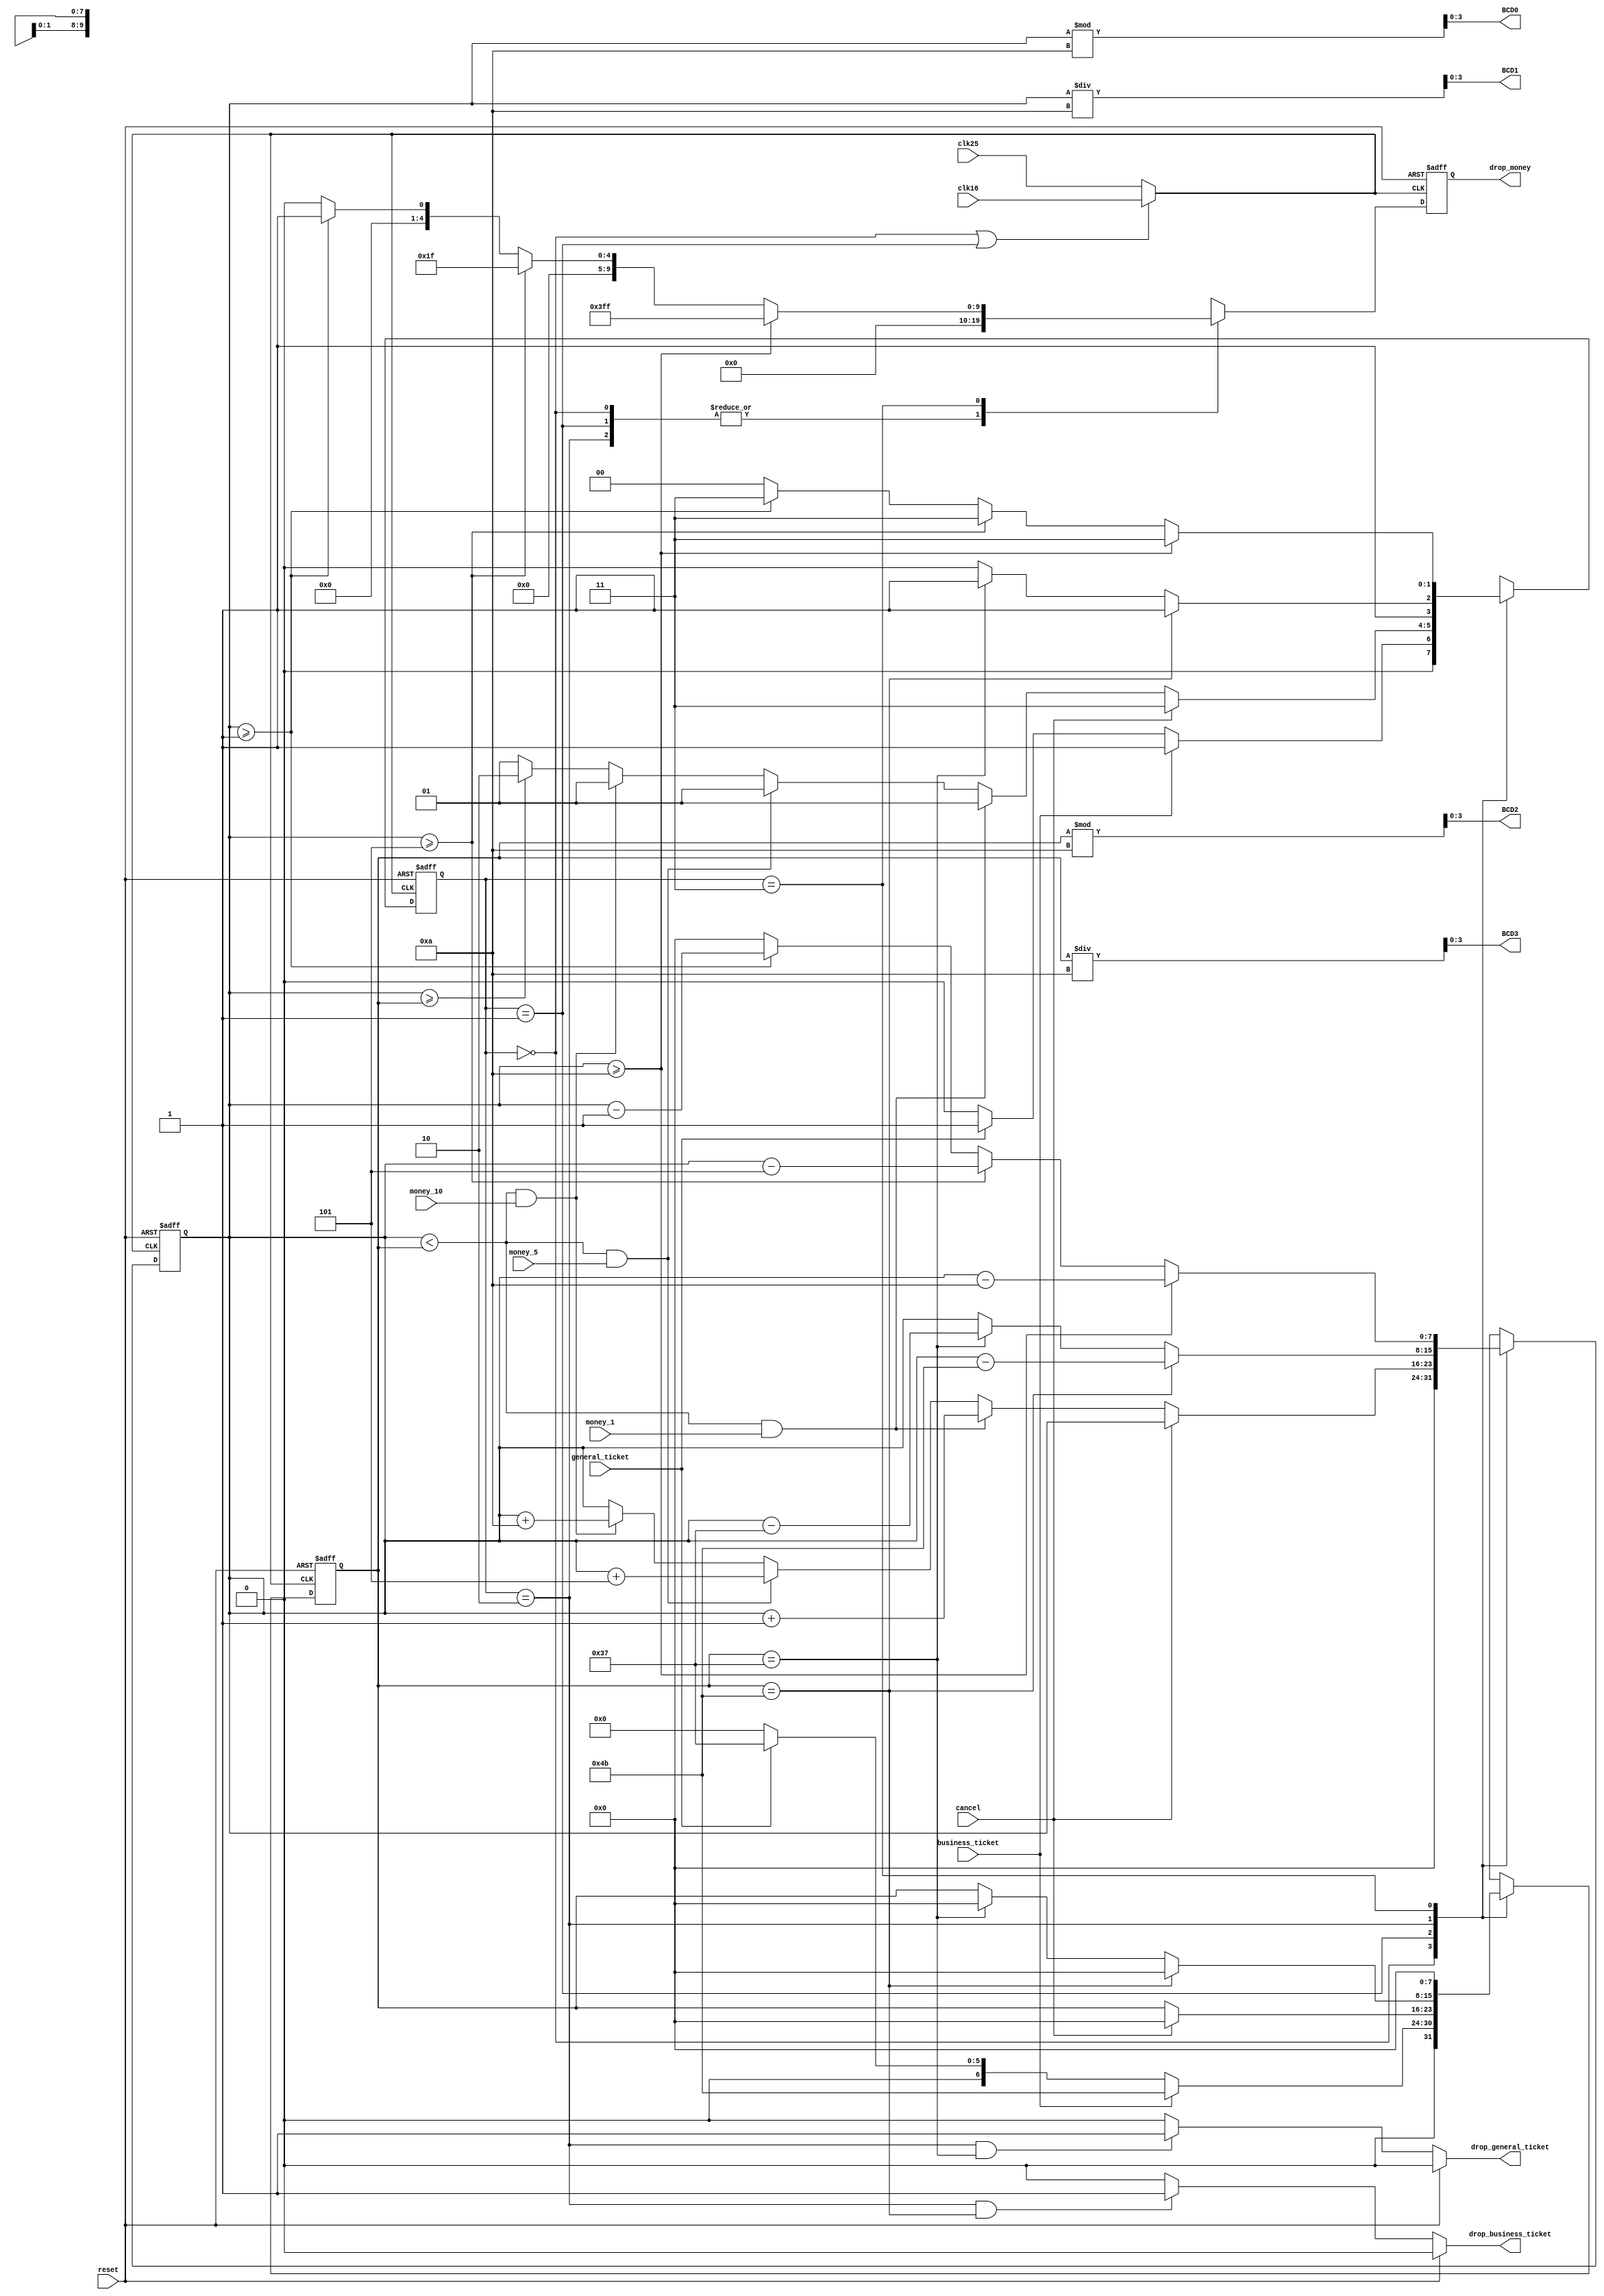
module HSR_ticketsystem_FSM(output reg [9:0]drop_money,
                            output drop_business_ticket,
                            output drop_general_ticket,
                            output [3:0]BCD3,      
                            output [3:0]BCD2,
                            output [3:0]BCD1,      
                            output [3:0]BCD0,
                            
                            input  clk16,
                            input  clk25,    
                            input  reset,
                            input  money_1,      
                            input  money_5,             
                            input  money_10,
                            input  cancel,              
                            input  business_ticket,     
                            input  general_ticket);     
                            
parameter   SLECT_TICKET = 2'b00;
parameter   DEPOSITE     = 2'b01;
parameter   DROP_TICKET  = 2'b10;
parameter   REFUND       = 2'b11;

parameter   price_business_ticket = 75;
parameter   price_general_ticket   = 55;

reg [1:0]state, next_state;
reg [7:0]deposited_money, next_deposited_money, total_money, next_total_money;
reg [9:0]next_drop_money;
                
assign clk_select = ( (state == SLECT_TICKET) || (state == DEPOSITE) ) ? clk16 : clk25;
                             
always@(posedge clk_select or posedge reset) begin
  if(reset) begin
    state <= SLECT_TICKET;
    deposited_money <= 8'h00;
    drop_money <=  10'h000;
    total_money <= 8'h00;
  end else begin
    state <= next_state;
    deposited_money <= next_deposited_money;
    drop_money <= next_drop_money;	
    total_money <= next_total_money;
  end
end

always@(*)begin
    case(state)
        SLECT_TICKET:
            if(business_ticket)begin
                next_state <= DEPOSITE;
                next_deposited_money <= 8'h00;
                next_total_money <= price_business_ticket;
                next_drop_money <= 10'h000;
            end else if(general_ticket) begin
                next_state <= DEPOSITE;
                next_deposited_money <= 8'h00;
                next_total_money <= price_general_ticket;
                next_drop_money <= 10'h000;
            end else begin
                next_state <= SLECT_TICKET;
                next_deposited_money <= 8'h00;
                next_total_money <= 0;
                next_drop_money <= 10'h000;
            end
//---------------------------------------------------------------------------------------------------------------------------------------
        DEPOSITE:
            if(cancel)begin
                next_state <= REFUND;
                next_deposited_money <= deposited_money;
                next_total_money <= 0;
                next_drop_money <= 0;
            end else if((deposited_money < total_money) && money_1) begin
                next_state <= DEPOSITE;
                next_deposited_money <= deposited_money + 1;
                next_total_money <= total_money;
                next_drop_money <= 0;
            end else if((deposited_money < total_money) && money_5) begin
                next_state <= DEPOSITE;
                next_deposited_money <= deposited_money + 5;
                next_total_money <= total_money;
                next_drop_money <= 0;
            end else if((deposited_money < total_money) && money_10) begin
                next_state <= DEPOSITE;
                next_deposited_money <= deposited_money + 10;
                next_total_money <= total_money;
                next_drop_money <= 0;
            end else if(deposited_money >= total_money) begin
                next_state <= DROP_TICKET;
                next_deposited_money <= deposited_money;
                next_total_money <= total_money;
                next_drop_money <= 0;
            end else begin
                next_state <= DEPOSITE;
                next_deposited_money <= deposited_money;
                next_total_money <= total_money;
                next_drop_money <= 0;
            end
//---------------------------------------------------------------------------------------------------------------------------------------
        DROP_TICKET:
                if(total_money == price_business_ticket)begin
                    next_state <= REFUND;
                    next_deposited_money <= deposited_money - price_business_ticket;
                    next_total_money <= 0;
                    next_drop_money <= 0;
                end else if(total_money == price_general_ticket)begin
                    next_state <= REFUND;
                    next_deposited_money <= deposited_money - price_general_ticket;
                    next_total_money <= 0;
                    next_drop_money <= 0;
                end else begin
                    next_state <= DROP_TICKET;
                    next_deposited_money <= deposited_money;
                    next_total_money <= total_money;
                    next_drop_money <= 0;
                end
//---------------------------------------------------------------------------------------------------------------------------------------
        REFUND:
            if(deposited_money>=10)begin
                next_state <= REFUND;
                next_deposited_money <= deposited_money - 10;
                next_total_money <= 0;
                next_drop_money <= 10'hfff;
            end else if(deposited_money>=5)begin
                next_state <= REFUND;
                next_deposited_money <= deposited_money - 5;
                next_total_money <= 0;
                next_drop_money <= 10'h01f;
            end else if(deposited_money>=1)begin
                next_state <= REFUND;
                next_deposited_money <= deposited_money - 1;
                next_total_money <= 0;
                next_drop_money <= 10'h001;
            end else begin
                next_state <= SLECT_TICKET;
                next_deposited_money <= 0;
                next_total_money <= 0;
                next_drop_money <= 0;
            end
    endcase 
end                       

assign drop_business_ticket =  (reset) ? 1'b0:
                              ( (state == DROP_TICKET) && (total_money == price_business_ticket) ) ? 1'b1 : 1'b0;
                              
assign drop_general_ticket =  (reset) ? 1'b0:
                              ( (state == DROP_TICKET) && (total_money == price_general_ticket) )  ? 1'b1 : 1'b0;
              
assign BCD0 = deposited_money % 10;
assign BCD1 = deposited_money / 10;
assign BCD2 = total_money % 10;
assign BCD3 = total_money / 10;
                                
endmodule